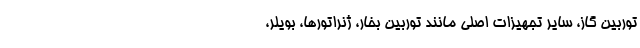
توربين گاز، ساير تجهيزات اصلی مانند توربين بخار، ژنراتورها، بویلر،